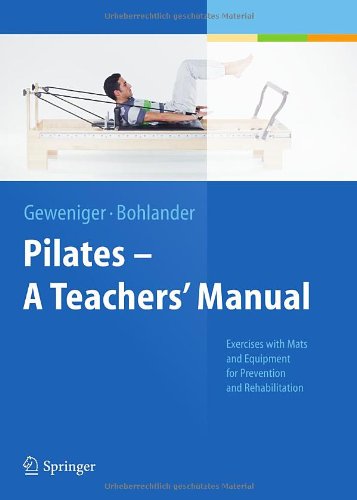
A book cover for Pilates - A Teachers' Manual: Exercises with Mats and Equipment for Prevention and Rehabilitation; Verena Geweniger; Health, Fitness & Dieting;